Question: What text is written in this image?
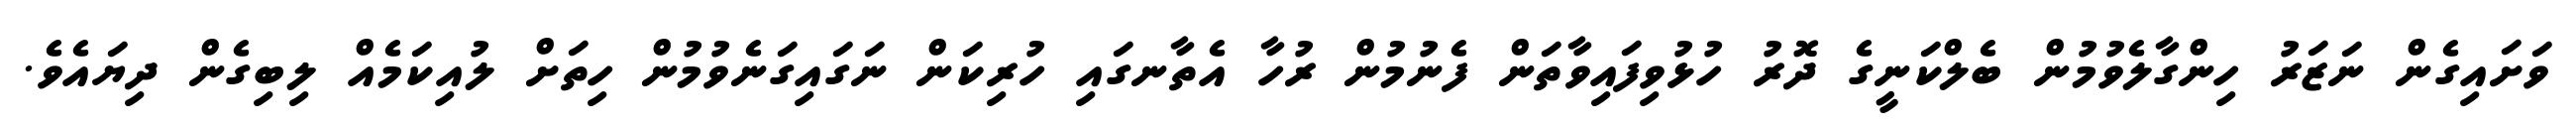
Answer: ވަށައިގެން ނަޒަރު ހިންގާލެވުމުން ބެލްކަނީގެ ދޮރު ހުޅުވިފައިވާތަން ފެނުމުން ރުހާ އެތާނގައި ހުރިކަން ނަގައިގަނެވުމުން ހިތަށް ލުއިކަމެއް ލިބިގެން ދިޔައެވެ.